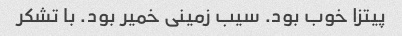
پیتزا خوب بود. سیب زمینی خمیر بود. با تشکر